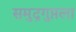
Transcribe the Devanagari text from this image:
समुद्रगुप्तला